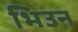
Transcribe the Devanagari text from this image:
भिउन